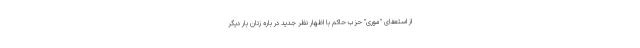
از استعفای "موری" حزب حاکم با اظهار نظر جدید در باره زنان بار دیگر